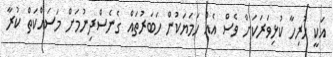
އަކީ ހުރިހާ ކުޅިވަރަކަށް ވެސް އެއް ހަމަޔަކުން ހަބަރުތައް ގެނެސްދިނުމަށް މަސައްކަތް ކުރާ